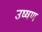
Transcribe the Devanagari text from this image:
उष्षण